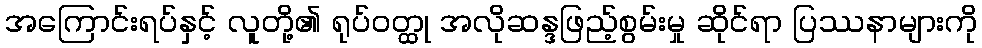
အကြောင်းရပ်နှင့် လူတို့၏ ရုပ်ဝတ္ထု အလိုဆန္ဒဖြည့်စွမ်းမှု ဆိုင်ရာ ပြဿနာများကို